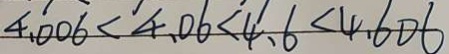
4 . 0 0 \dot { 6 } < 4 . 0 6 < 4 . 6 < 4 . 6 0 6